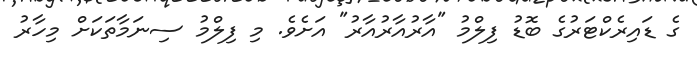
ގެ ޑައިރެކްޓަރުގެ ބޮޑު ފިލްމު "އާރުއާރުއާރު" އަށެވެ. މި ފިލްމު ސިނަމާތަކަށް މިހާރު